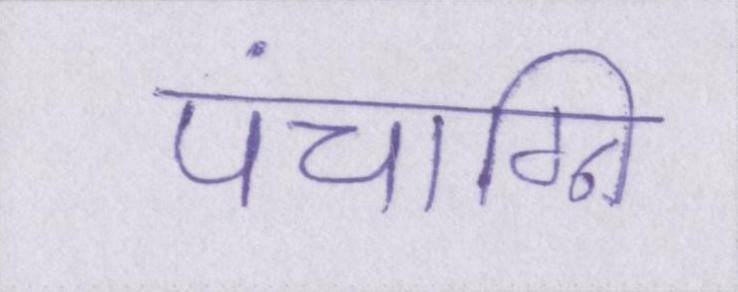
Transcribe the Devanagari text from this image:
पंचाग्नि